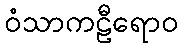
ဝံသာကဠီရောဝ